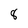
Character: 8